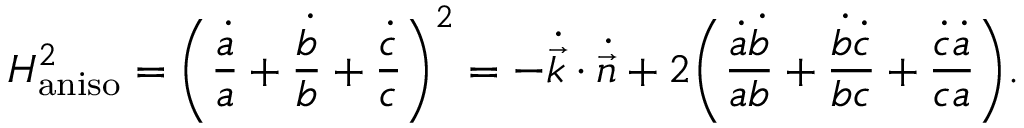
H _ { \mathrm { a n i s o } } ^ { 2 } = \bigg ( \frac { \dot { a } } { a } + \frac { \dot { b } } { b } + \frac { \dot { c } } { c } \bigg ) ^ { 2 } = - \dot { \vec { k } } \cdot \dot { \vec { n } } + 2 \bigg ( \frac { \dot { a } \dot { b } } { a b } + \frac { \dot { b } \dot { c } } { b c } + \frac { \dot { c } \dot { a } } { c a } \bigg ) .